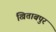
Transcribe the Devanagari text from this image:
खिताबपुर